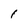
Character: 1